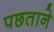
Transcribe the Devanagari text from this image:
पछताने